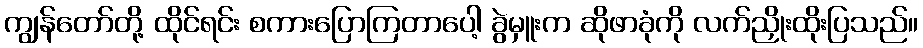
ကျွန်တော်တို့ ထိုင်ရင်း စကားပြောကြတာပေါ့ ခွဲမှူးက ဆိုဖာခုံကို လက်ညှိုးထိုးပြသည်။